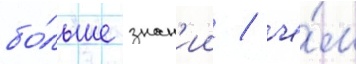
бо́льше знан'ии / че́м